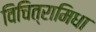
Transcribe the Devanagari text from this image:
विचित्रामिधा